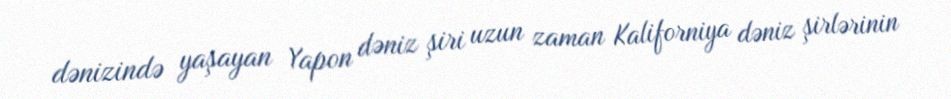
dənizində yaşayan Yapon dəniz şiri uzun zaman Kaliforniya dəniz şirlərinin